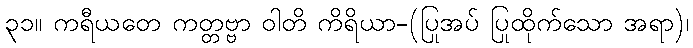
၃၁။ ကရီယတေ ကတ္တဗ္ဗာ ဝါတိ ကိရိယာ-(ပြုအပ် ပြုထိုက်သော အရာ)၊